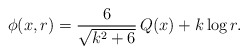
\begin{align*}\phi(x,r)={6\over \sqrt{k^2+6}}\,Q(x)+k\log{r}.\end{align*}